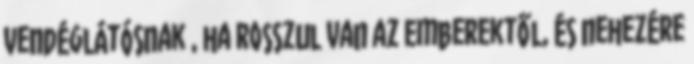
vendéglátósnak , ha rosszul van az emberektől, és nehezére